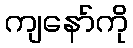
ကျနော်ကို